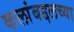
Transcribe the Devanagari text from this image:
कलांबद्दलच्या